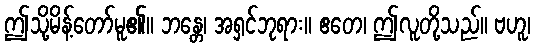
ဤသို့မိန့်တော်မူ၏။ ဘန္တေ၊ အရှင်ဘုရား။ ဧတေ၊ ဤလူတို့သည်။ ဗဟူ၊